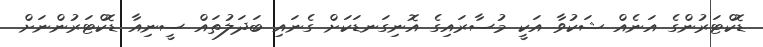
ޑޮކްޓަރުންގެ އަނެއް ޝަކުވާ އަކީ މުސާރައިގެ އޮނިގަނޑަކަށް ގެނައި ބަދަލުތައް ސީނިއާ ޑޮކްޓަރުންނަށް